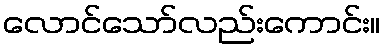
လောင်သော်လည်းကောင်း။